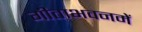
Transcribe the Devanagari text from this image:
गीताभवनमें